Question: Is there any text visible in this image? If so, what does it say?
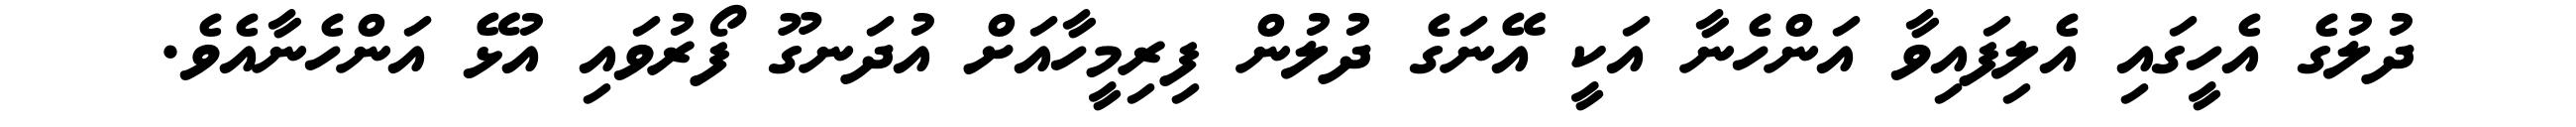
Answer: ދުލުގެ އެހީގައި އެލިފައިވާ އަންހެނާ އަކީ އޭނަގެ ދުލުން ފިރިމީހާއަށް އުދަނގޫ ފޯރުވައި އުޅޭ އަންހެނާއެވެ.